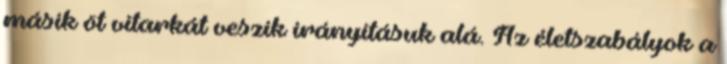
másik öt vitarkát veszik irányításuk alá. Az életszabályok a